Document type: Acquittal of debt
Year: 1424
Scribe: Francesc de Casanoves
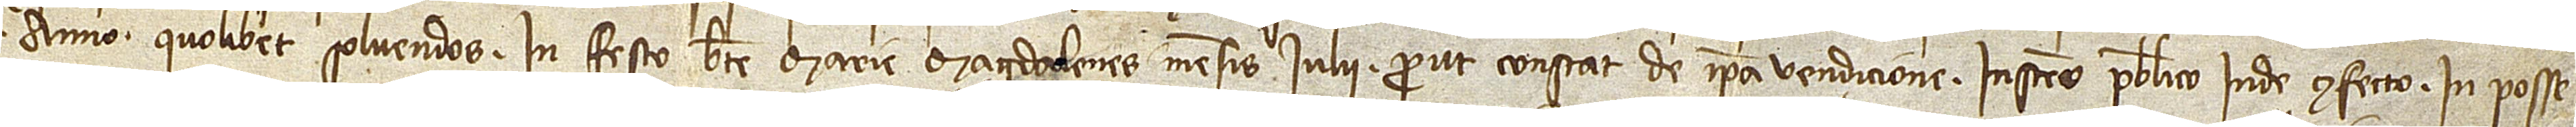
anno quolibet solvendos in festo Beate Marie Magdalenes mensis iulii, prout constat de ipsa vendicione instrumento publico inde confecto in posse